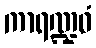
ကာရဏ္ဍဝံ